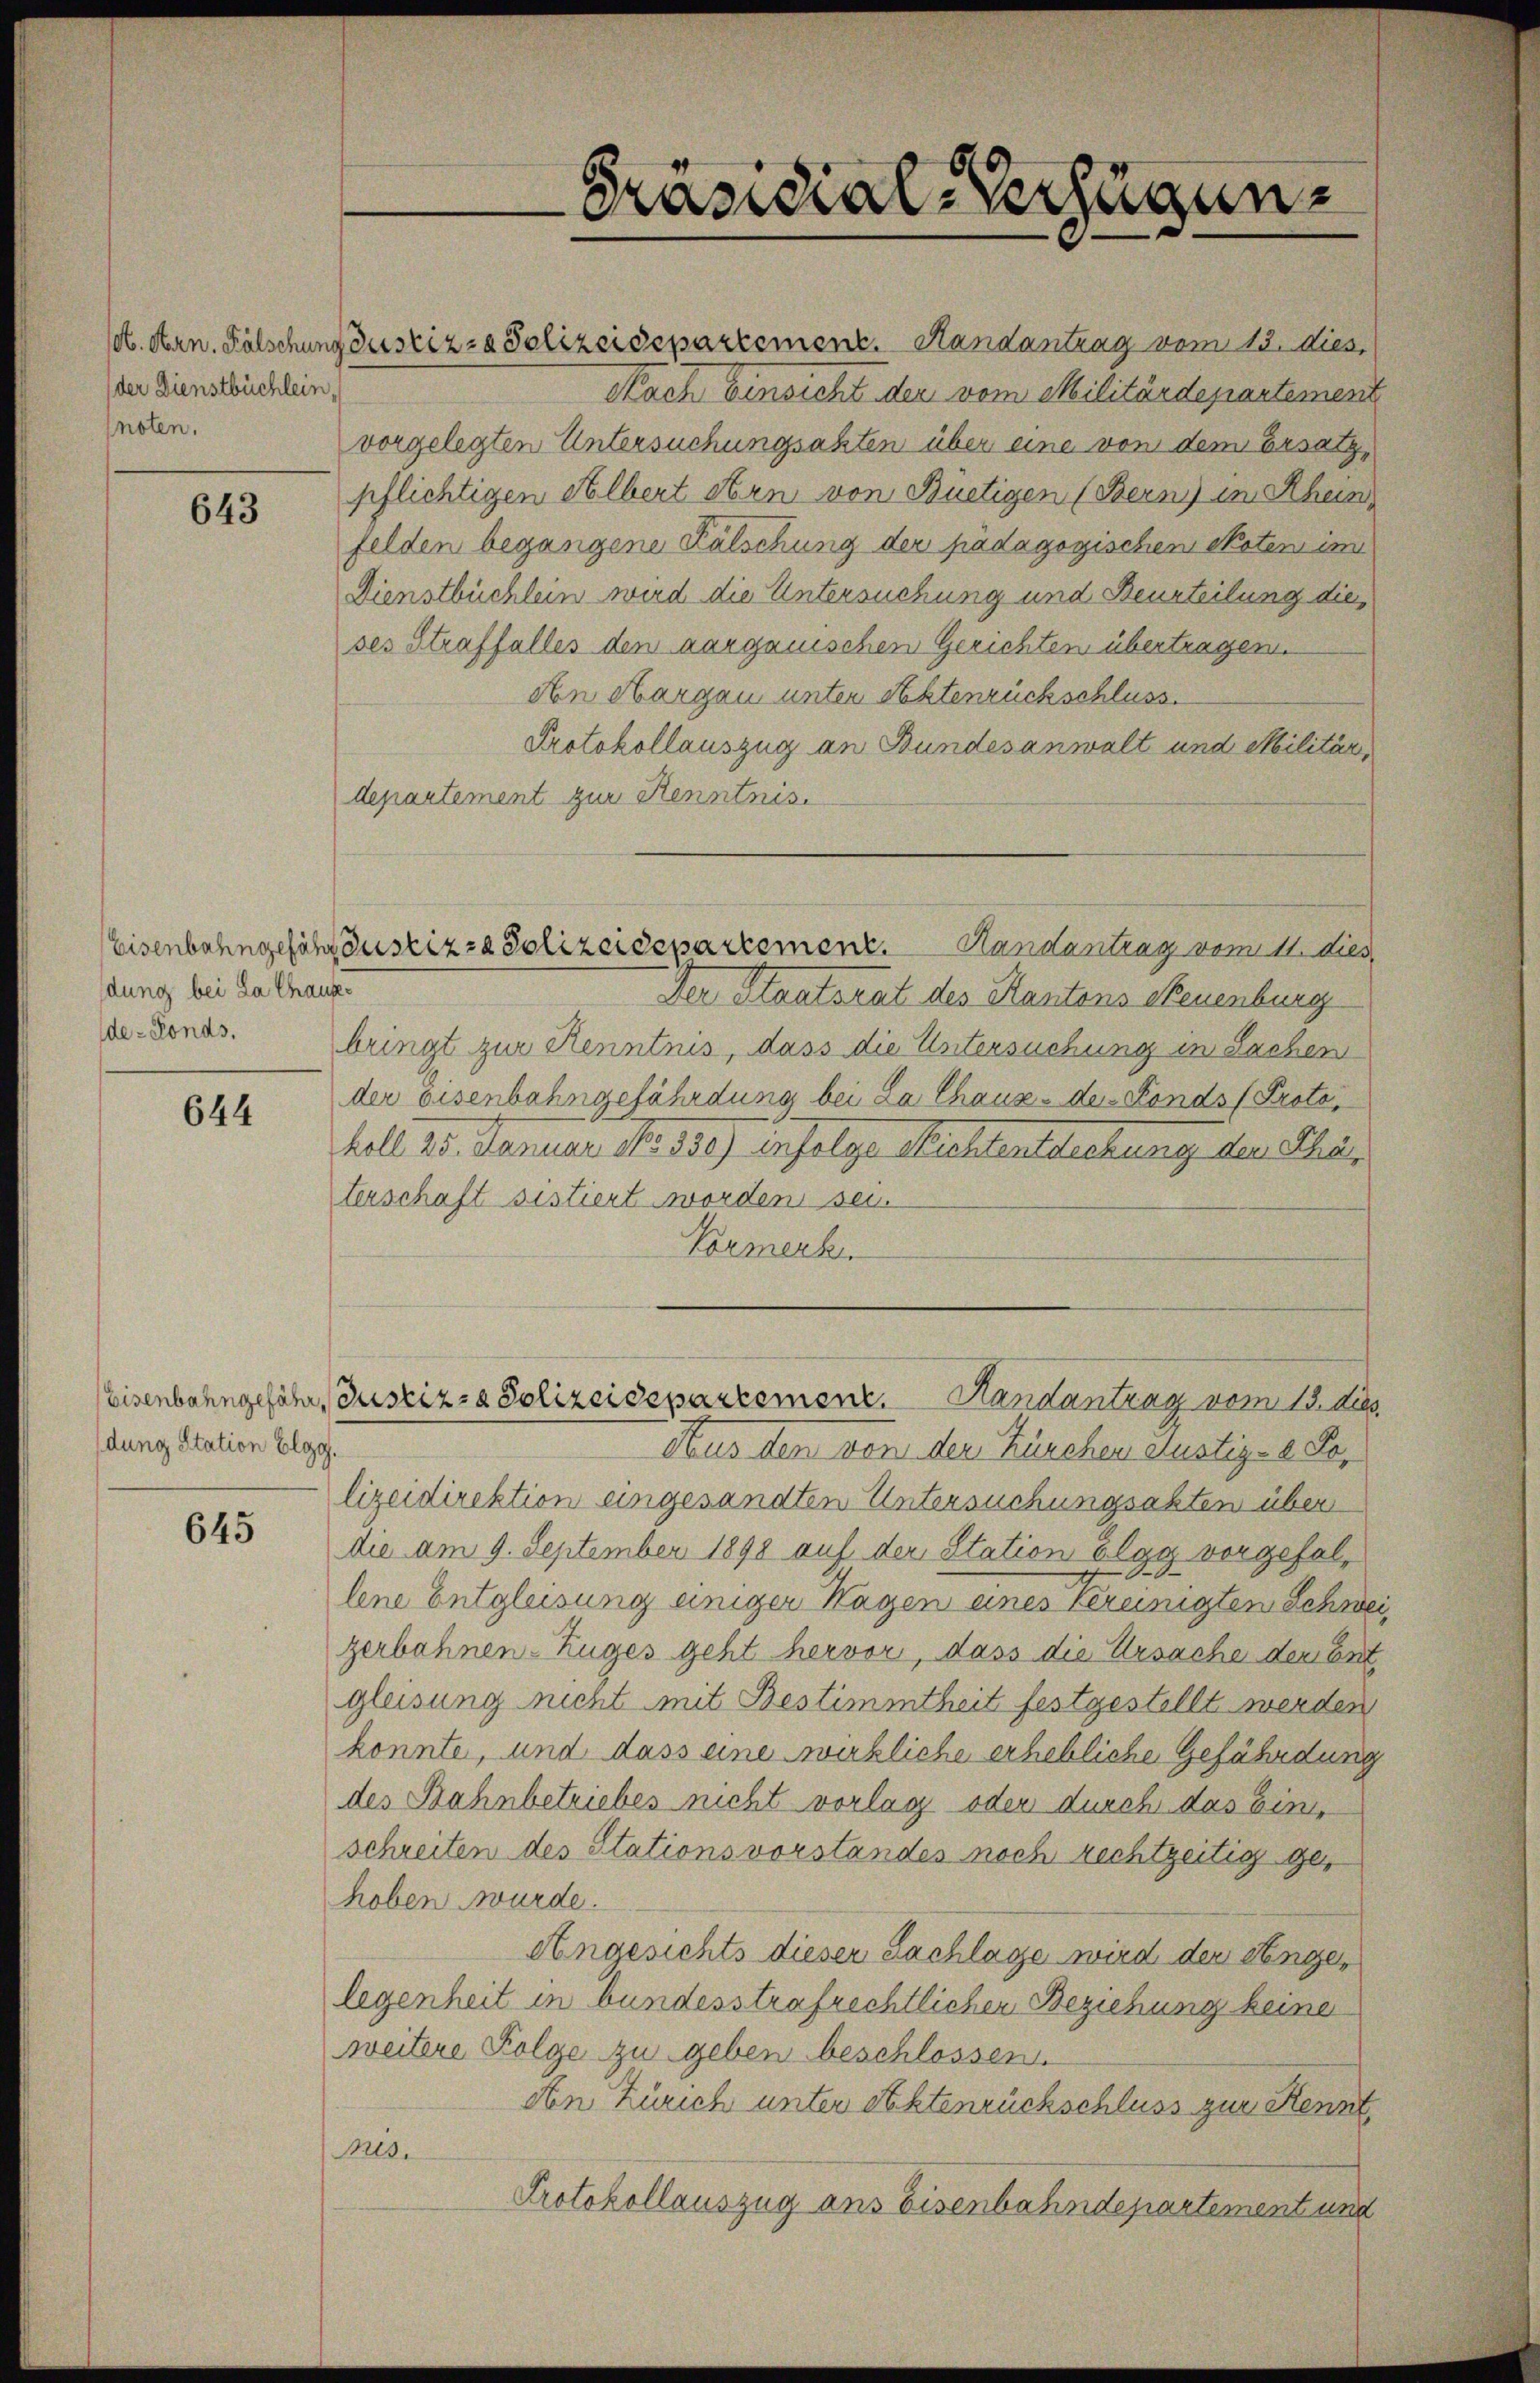
der Dienstbüchlein,
noten.

643

dung bei La Chaux-
de-Fonds.

644

dung Station Elgg.

645

(. dern. Fälschung Justiz- & Polizeidepartement. Handantrag vom 13. dies,
Nach Einsicht der vom Militärdepartement
vorgelegten Untersuchungsakten über eine von dem Ersatz,
pflichtigen Albert Bern von Büetigen (Bern) im Rhein
felden begangene Fälschung der pädagogischen Noten im
Dienstbüchlein wird die Untersuchung und Beurteilung dieses Straffalles den aargauischen Gerichten übertragen.
An Margau unter Aktenrückschluss.
Protokollauszug an Bundesanwalt und Militär,
departement zur Kenntnis.
Der Staatsrat des Kantons Neuenburg
bringt zur Kenntnis, dass die Untersuchung in Sachen
der Eisenbahngefährdung bei La Chaux-de-Fonds (Protokoll 25. Januar 188350) infolge Richtentdeckung der Char
terschaft sistiert worden sei.
Vormerk
Eisenbahngeführ, Justiz- & Polizeidepartement. Handantrag vom 13. de
Aus den von der Zürchen Justiz- & Polizeidirektion eingesandten Untersuchungsakten über
die am 9. September 1898 auf der Station olgy vorgefallene Entgleisung einiger Hagen eines Vereinigten Schweizerbahnen-Zuges geht hervor, dass die Ursache der Ent
gleisung nicht mit Bestimmtheit festgestellt werden
konnte, und dass eine wirkliche erhebliche Gefährdung
des Bahnbetriebes nicht vorlag oder durch das Einschreiten des Stationsvorstandes noch rechtzeitig gehoben wurde.
Angesichts dieser Sachlage wird der Angelegenheit in bundesstrafrechtlichen Beziehung keine
weitere Folge zu geben beschlossen.
Aen Zürich unter Aktenrückschluss zur Kennt
nis.
Protokollauszug aus Eisenbahndepartement und

Präsidial-Verfügun¬

Eisenbahngefähr Justiz- & Polizeidepartement. Handantrag vom 11. dies